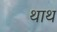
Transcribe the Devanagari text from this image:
थाथ